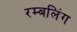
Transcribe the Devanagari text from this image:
रम्बलिंग